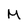
Character: M